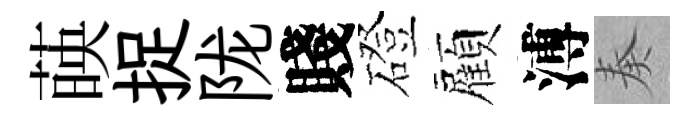
𦴤捉陇賤磴顏溥奏